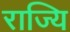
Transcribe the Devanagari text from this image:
राज्यि